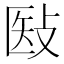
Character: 𰕉